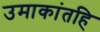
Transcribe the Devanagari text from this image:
उमाकांतहि